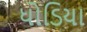
ધોડિયા